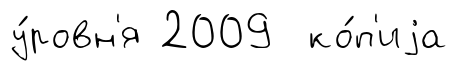
у́ровн'я 2009 ко́п'иjа